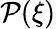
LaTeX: \mathcal{P}(\xi)